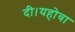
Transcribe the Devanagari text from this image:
दी।यहोवा